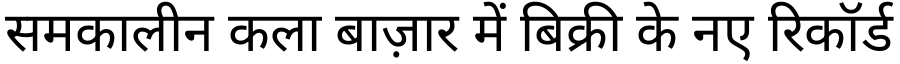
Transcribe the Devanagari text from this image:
समकालीन कला बाज़ार में बिक्री के नए रिकॉर्ड